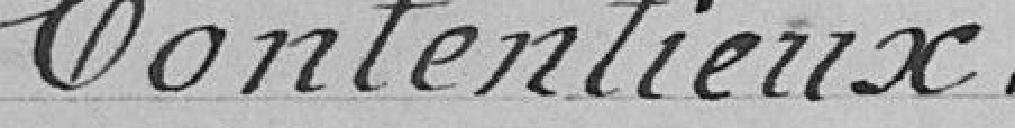
Contentieux